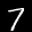
Label: 7